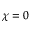
\chi = 0